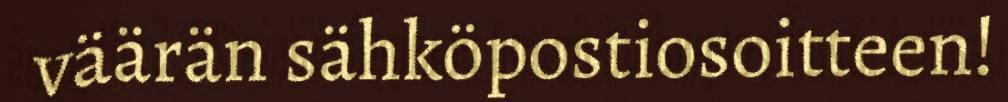
väärän sähköpostiosoitteen!